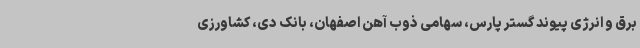
برق و انرژی پیوند گستر پارس، سهامی ذوب آهن اصفهان، بانک دی، کشاورزی